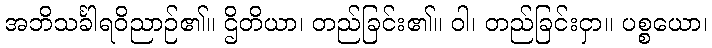
အဘိသင်္ခါရဝိညာဉ်၏။ ဌိတိယာ၊ တည်ခြင်း၏။ ဝါ၊ တည်ခြင်းငှာ။ ပစ္စယော၊